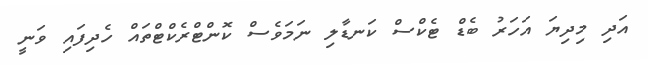
އަދި މިދިޔަ އަހަރު ބެޑް ޓެކްސް ކަނޑާލި ނަމަވެސް ކޮންޓްރެކްޓްތައް ހެދިފައި ވަނީ